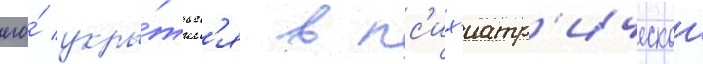
его́ укры́тьс'я в пс'их'иатр'ическои